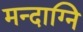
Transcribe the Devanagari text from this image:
मन्दाग्नि